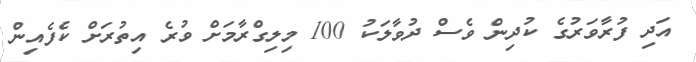
އަދި ފުރާވަރުގެ ކުދިން ވެސް ދުވާލަކު 100 މިލިގްރާމަށް ވުރެ އިތުރަށް ކެފެއިން